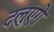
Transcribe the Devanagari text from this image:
दलुएगे